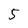
Character: 5